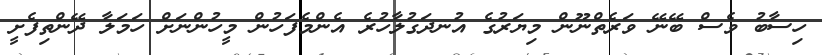
ހިސާބު ވެސް ބޭނޭ ވަރެތްނޫން މިޔަރުގެ އުނދަގުލާހުރެ އެންމެފަހުން މީހުންނަށް ހަމަލާ ދޭންތިފެށީ